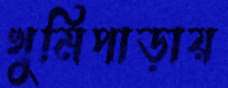
খুমিপাড়ায়